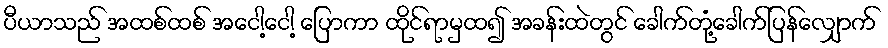
ပီယာသည် အထစ်ထစ် အငေါ့ငေါ့ ပြောကာ ထိုင်ရာမှထ၍ အခန်းထဲတွင် ခေါက်တုံ့ခေါက်ပြန်လျှောက်